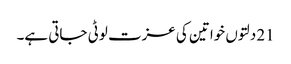
21 دلتوں خواتین کی عزت لوٹی جاتی ہے۔